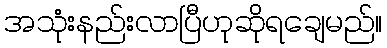
အသုံးနည်းလာပြီဟုဆိုရချေမည်။